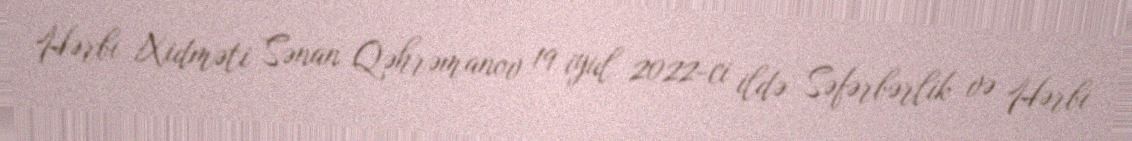
Hərbi Xidməti Sənan Qəhrəmanov 19 iyul 2022-ci ildə Səfərbərlik və Hərbi